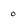
Character: o